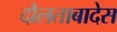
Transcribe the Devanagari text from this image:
दौलताबादेस